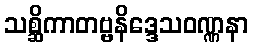
သစ္ဆိကာတဗ္ဗနိဒ္ဒေသဝဏ္ဏနာ